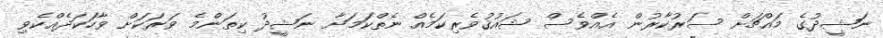
ނަޝީދުގެ މައްޗަށް ސަރުކާރުން އެއްވެސް ޝައުޤުވެރިކަމެއް ނެތްކަމަށާ ނަޝީދު ކިތަންމެ ވަރަކަށް ވާހަކަދެއްކެވި